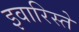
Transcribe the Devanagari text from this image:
इवारिस्ते